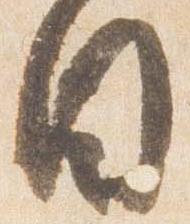
日